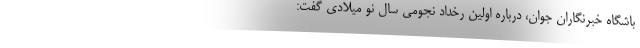
باشگاه خبرنگاران جوان، درباره اولین رخداد نجومی سال نو میلادی گفت: